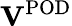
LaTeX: \mathbf{V}^{\mathrm{POD}}